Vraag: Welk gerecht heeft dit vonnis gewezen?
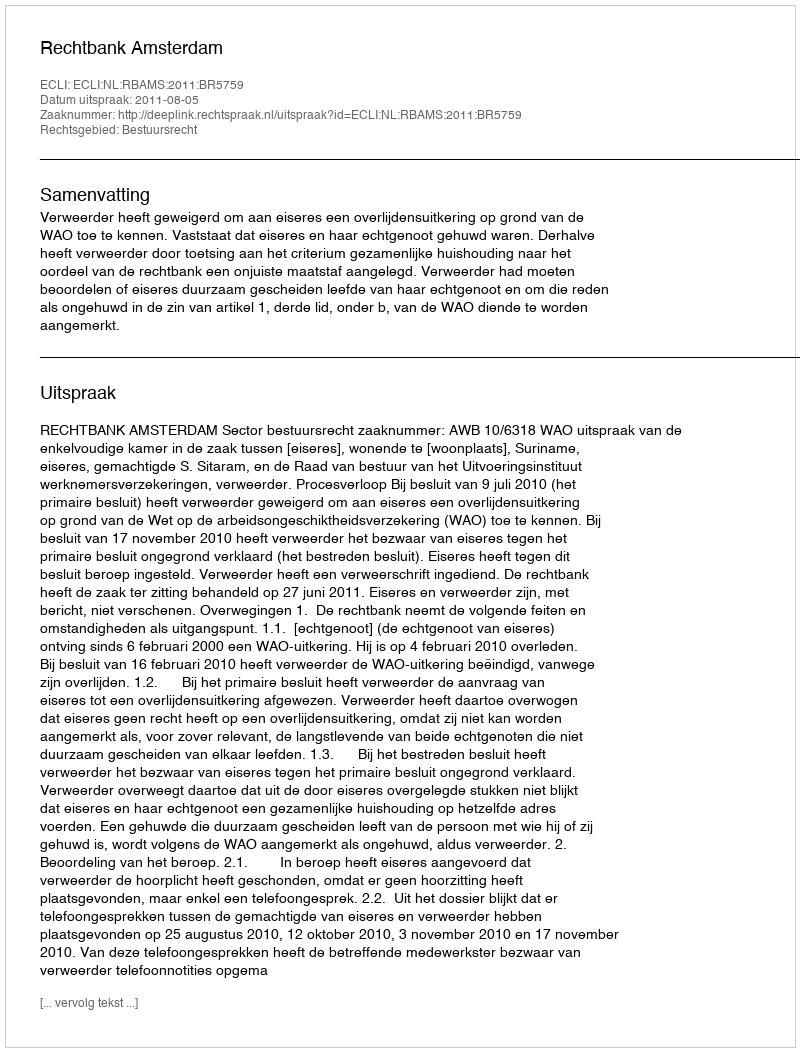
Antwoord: Rechtbank Amsterdam